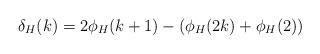
LaTeX: \begin{align*} \delta_H(k) = 2\phi_H(k+1) - (\phi_H(2k) + \phi_H(2)) \end{align*}